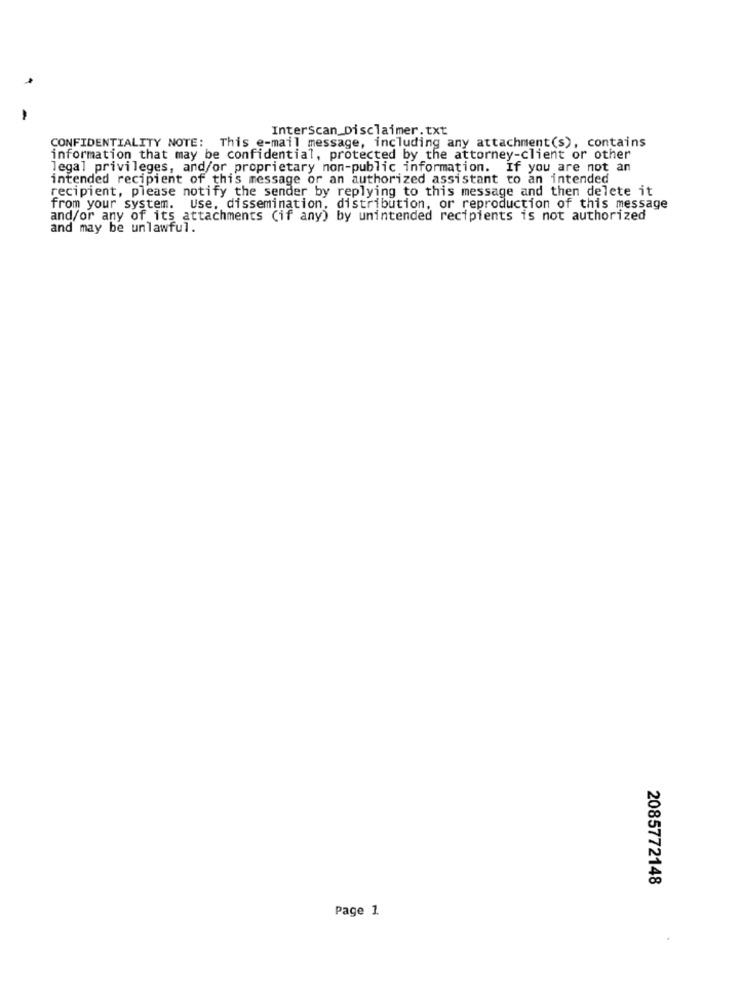
Interscan_Disclaimer. txt
CONFIDENTIALITY NOTE: This e-mail message, including any attachment(s), contains
information that may be confidential, protected by the attorney-client or other
legal privileges, and/or proprietary non-public information. If you are not an
intended recipient of this message or an authorized assistant to an intended
recipient, please notify the sender by replying to this message and then delete it
from your system. Use, dissemination, distribution, or reproduction of this message
and/or any of its attachments (if any) by unintended recipients is not authorized
and may be unlawful.
2085772148
Page 1